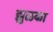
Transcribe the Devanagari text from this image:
झुळका